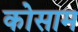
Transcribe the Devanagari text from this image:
कोसाम